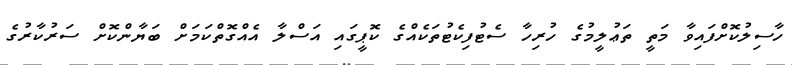
ހާސިލުކޮށްފައިވާ މަތީ ތަޢުލީމުގެ ހުރިހާ ސެޓުފިކެޓުތަކެއްގެ ކޮޕީގައި އަސްލާ އެއްގޮތްކަމަށް ބަޔާންކޮށް ސަރުކާރުގެ